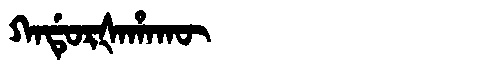
Manchu: ᡴᠠᡩᡠᡵᡧᠠᡥᠠᡴᡡ
Romanization: KADURŠAHAKŪ